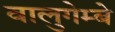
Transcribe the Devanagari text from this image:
वालुगेम्बे